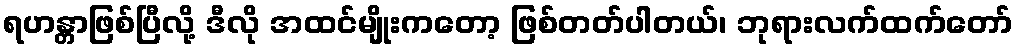
ရဟန္တာဖြစ်ပြီလို့ ဒီလို အထင်မျိုးကတော့ ဖြစ်တတ်ပါတယ်၊ ဘုရားလက်ထက်တော်